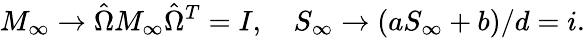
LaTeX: M_{\infty}\to\hat{\Omega}M_{\infty}\hat{\Omega}^{T}=I,\ \ \ \ S_{\infty}\to(aS_{\infty}+b)/d=i.